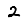
Digit: 2